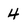
Character: 4